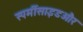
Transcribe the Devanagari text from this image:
स्पर्मीसाइडऔर